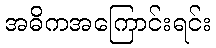
အဓိကအကြောင်းရင်း